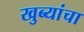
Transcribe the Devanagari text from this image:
खुब्यांचा